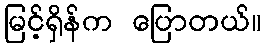
မြင့်ရှိန်က ပြောတယ်။